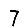
Digit: 7